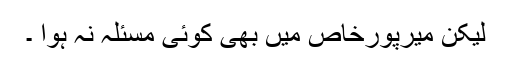
لیکن میرپورخاص میں بھی کوئی مسئلہ نہ ہوا ۔